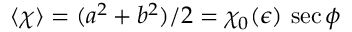
\langle \chi \rangle = ( a ^ { 2 } + b ^ { 2 } ) / 2 = \chi _ { 0 } ( \epsilon ) \, \sec \phi